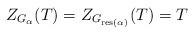
LaTeX: \begin{align*}Z_{G_{\alpha}}(T)=Z_{G_{\mathrm{res}(\alpha)}}(T)=T\end{align*}